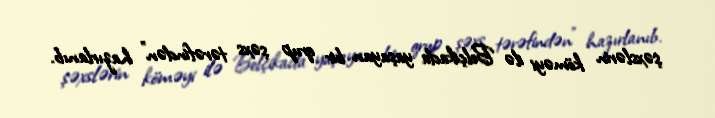
şəxslərin köməyi ilə Belçikada yaşayan bir qrup şəxs tərəfindən" hazırlanıb.